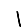
Digit: 1